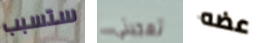
ستسبب تعجبني عضه